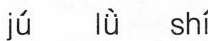
jú lǜ shí